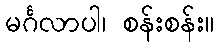
မင်္ဂလာပါ၊ စန်းစန်း။